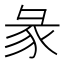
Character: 彖